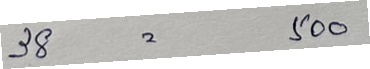
38 = 500